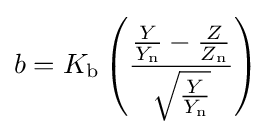
b=K_{\mathrm {b} }\left({\frac {{\frac {Y}{Y_{\mathrm {n} }}}-{\frac {Z}{Z_{\mathrm {n} }}}}{\sqrt {\frac {Y}{Y_{\mathrm {n} }}}}}\right)